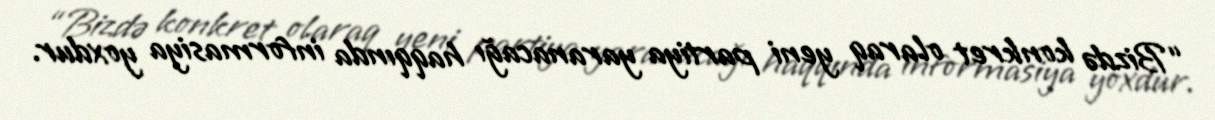
“Bizdə konkret olaraq yeni partiya yaranacağı haqqında informasiya yoxdur.